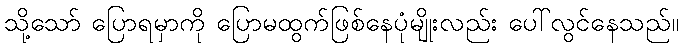
သို့သော် ပြောရမှာကို ပြောမထွက်ဖြစ်နေပုံမျိုးလည်း ပေါ်လွင်နေသည်။